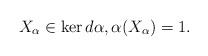
LaTeX: \begin{align*}X_\alpha\in\ker d\alpha,\alpha(X_\alpha)=1.\end{align*}